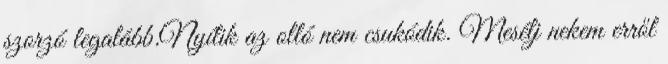
szorzó legalább.Nyílik az olló nem csukódik. Mesélj nekem erről